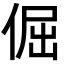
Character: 倔